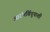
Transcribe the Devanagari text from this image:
आरंभबिंदूपाशी